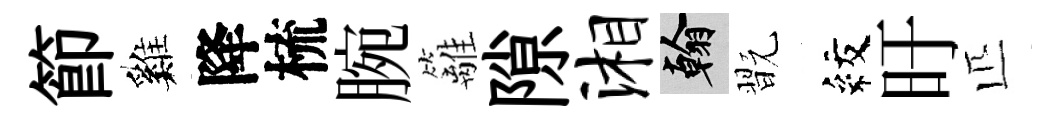
節巍降梳腕籬隙湘翰翫紋旴匹